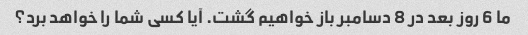
ما 6 روز بعد در 8 دسامبر باز خواهیم گشت. آیا کسی شما را خواهد برد؟